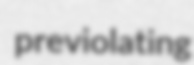
previolating